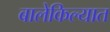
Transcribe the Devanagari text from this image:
बालेकिल्यात